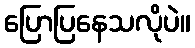
ပြောပြနေသလိုပဲ။